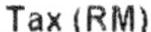
TAX(RM)